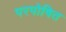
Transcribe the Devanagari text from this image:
परपोषित